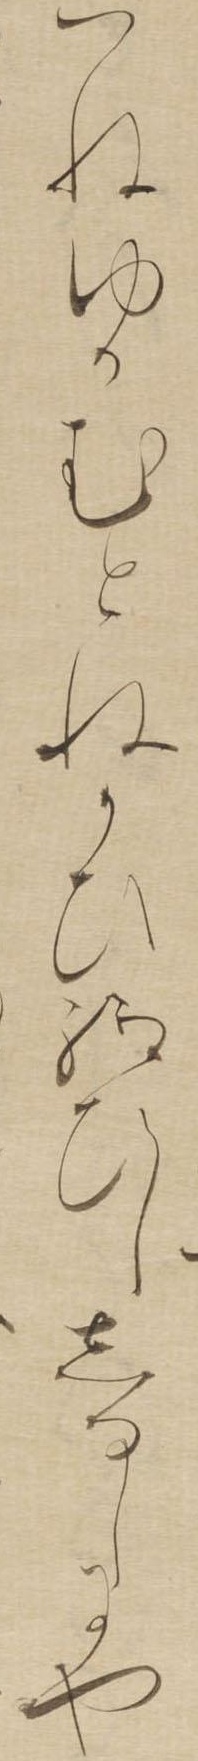
つねゆかむとねかひ給ひししるしにや